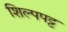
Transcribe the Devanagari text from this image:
शिल्पपट्ट